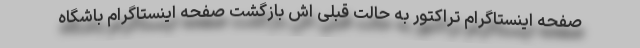
صفحه اینستاگرام تراکتور به حالت قبلی اش بازگشت صفحه اینستاگرام باشگاه